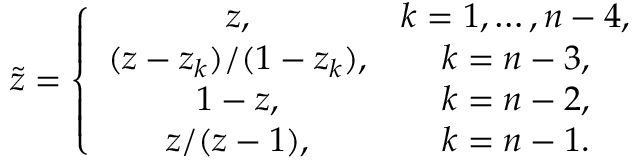
\tilde { z } = \left\{ \begin{array} { c c } { { z , } } & { { k = 1 , \ldots , n - 4 , } } \\ { { ( z - z _ { k } ) / ( 1 - z _ { k } ) , } } & { { k = n - 3 , } } \\ { { 1 - z , } } & { { k = n - 2 , } } \\ { { z / ( z - 1 ) , } } & { { k = n - 1 . } } \end{array} \right.